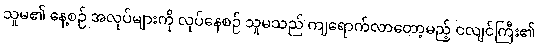
သူမ၏ နေ့စဉ် အလုပ်များကို လုပ်နေစဉ် သူမသည် ကျရောက်လာတော့မည့် ငလျင်ကြီး၏